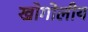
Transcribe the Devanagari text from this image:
खोगोलीय